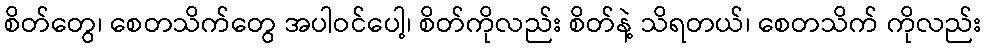
စိတ်တွေ၊ စေတသိက်တွေ အပါဝင်ပေါ့၊ စိတ်ကိုလည်း စိတ်နဲ့ သိရတယ်၊ စေတသိက် ကိုလည်း